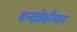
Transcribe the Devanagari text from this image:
वन्कोवरैय्यन